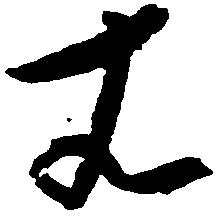
は